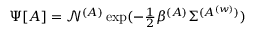
\begin{array} { r } { \Psi [ \boldsymbol { A } ] = \mathcal { N } ^ { ( A ) } \exp ( - \frac { 1 } { 2 } \beta ^ { ( A ) } \Sigma ^ { ( { A ^ { ( w ) } } ) } ) } \end{array}